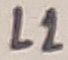
Text: L1